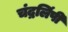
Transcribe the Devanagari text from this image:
चंद्रलिंपी